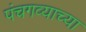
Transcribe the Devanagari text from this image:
पंचगव्याच्या